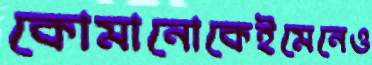
কোমানোকেইমেনেও